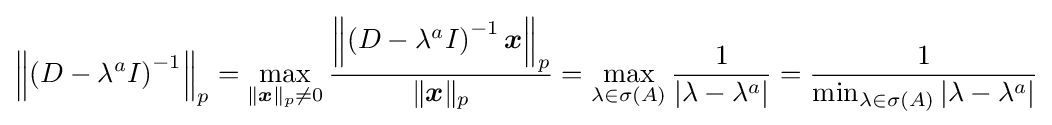
\left\|\left(D-\lambda ^{a}I\right)^{-1}\right\|_{p}=\max _{\|{\boldsymbol {x}}\|_{p}\neq 0}{\frac {\left\|\left(D-\lambda ^{a}I\right)^{-1}{\boldsymbol {x}}\right\|_{p}}{\|{\boldsymbol {x}}\|_{p}}}=\max _{\lambda \in \sigma (A)}{\frac {1}{\left|\lambda -\lambda ^{a}\right|}}={\frac {1}{\min _{\lambda \in \sigma (A)}\left|\lambda -\lambda ^{a}\right|}}